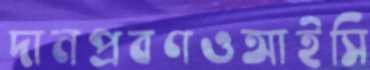
দানপ্রবণওআইসি